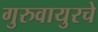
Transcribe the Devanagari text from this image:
गुरुवायुरचे